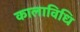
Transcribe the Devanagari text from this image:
कालाविधि